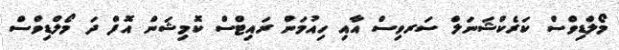
މޯލްޑިވްސް ކަރެކްޝަނަލް ސަރވިސް އާއި ހިއުމަން ރައިޓްސް ކޮމިޝަން އޮފް ދަ މޯލްޑިވްސް